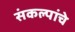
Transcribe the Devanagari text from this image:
संकल्पांचे